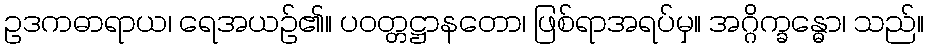
ဥဒကဓာရာယ၊ ရေအယဉ်၏။ ပဝတ္တဋ္ဌာနတော၊ ဖြစ်ရာအရပ်မှ။ အဂ္ဂိက္ခန္ဓော၊ သည်။